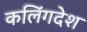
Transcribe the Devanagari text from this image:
कलिंगदेश